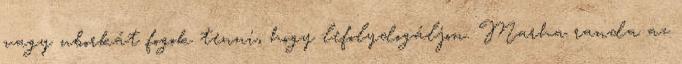
vagy uborkát fogok tenni, hogy lefolydogáljon. Marha randa az